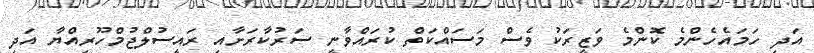
އަދި ހަމައެހެންމެ ކޮންމެ ވަޒީރަކު ވެސް މަސައްކަތް ކުރައްވާނީ ސަރުކާރަށާއި ރައީސުލްޖުމްހޫރިއްޔާ އަދި